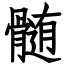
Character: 髄